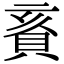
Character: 賌